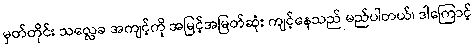
မှတ်တိုင်း သလ္လေခ အကျင့်ကို အမြင့်အမြတ်ဆုံး ကျင့်နေသည် မည်ပါတယ်၊ ဒါကြောင့်